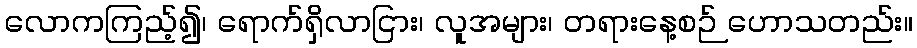
လောကကြည့်၍၊ ရောက်ရှိလာငြား၊ လူအများ၊ တရားနေ့စဉ် ဟောသတည်း။